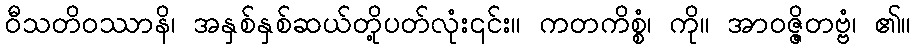
ဝီသတိဝဿာနိ၊ အနှစ်နှစ်ဆယ်တို့ပတ်လုံး၎င်း။ ကတကိစ္စံ၊ ကို။ အာဝဇ္ဇိတဗ္ဗံ၊ ၏။